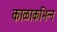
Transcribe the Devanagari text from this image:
काळाकभिन्न